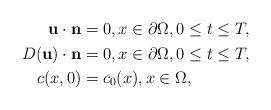
LaTeX: \begin{align*}\begin{aligned}\mathbf{u}\cdot \mathbf{n}&=0,x\in \partial\Omega,0 \le t \le T,\\D(\mathbf{u})\cdot \mathbf{n}&=0,x\in \partial\Omega,0 \le t \le T,\\c(x,0)&=c_{0}(x),x\in \Omega,\end{aligned}\end{align*}